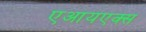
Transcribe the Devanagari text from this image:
एआयएक्स